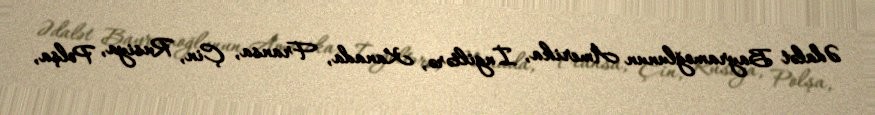
Ədalət Bayramoğlunun Amerika, İngiltərə, Kanada, Fransa, Çin, Rusiya, Polşa,